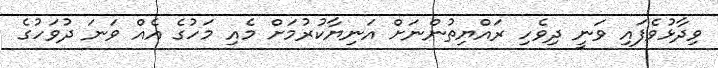
ވިދާޅުވެފައި ވަނީ ދިވެހި ރައްޔިތުންނަށް އަނިޔާކުރުމަށް މެއި މަހުގެ އެއް ވަނަ ދުވަހުގެ